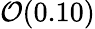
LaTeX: \mathcal{O}(0.10)